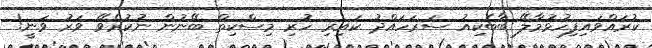
ކުރައްވައިފިހުޅުމާލޭ ބާބެކިއު ސަރަހައްދު ކައިރި ހުރި މިސްކިތް ބޭނުން ނުކުރެވޭ ވަރު ވަނީ!